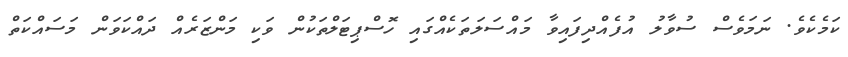
ކަމެކެވެ. ނަމަވެސް ސުވާލު އުފެއްދިފައިވާ މައްސަލަތަކެއްގައި ހޮސްޕިޓަލްތަކުން ވަކި މަންޒަރެއް ދައްކަވަން މަސައްކަތް